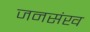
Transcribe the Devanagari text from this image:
जनसंख